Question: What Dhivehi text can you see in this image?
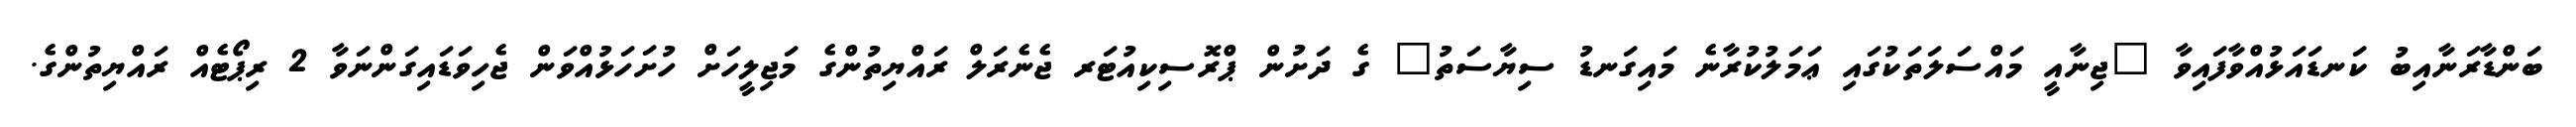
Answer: ބަންޑާރަނާއިބު ކަނޑައަޅުއްވާފައިވާ "ޖިނާއީ މައްސަލަތަކުގައި ޢަމަލުކުރާނެ މައިގަނޑު ސިޔާސަތު" ގެ ދަށުން ޕްރޮސިކިއުޓަރ ޖެނެރަލް ރައްޔިތުންގެ މަޖިލީހަށް ހުށަހަޅުއްވަން ޖެހިވަޑައިގަންނަވާ 2 ރިޕޯޓެއް ރައްޔިތުންގެ.